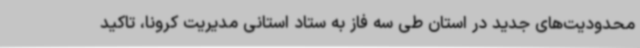
محدودیت‌های جدید در استان طی سه فاز به ستاد استانی مدیریت کرونا، تاکید